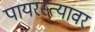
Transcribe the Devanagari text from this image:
पायरस्त्यावर